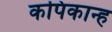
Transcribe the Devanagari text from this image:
कपिकान्ह